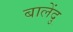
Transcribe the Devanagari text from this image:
बालेंदु